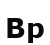
Вр